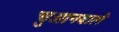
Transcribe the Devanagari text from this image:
चुआनवाले